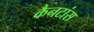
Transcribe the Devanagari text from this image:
कैनटांस